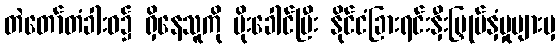
တဲတော်တံခါးဝ၌ ရှိနေသူကို မိုးခေါင်ပြီး နိုင်ငံခြားရင်းနှီးမြှုပ်နှံမှုများမှ